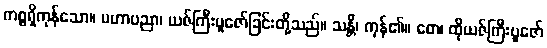
ကစ္စရှိကုန်သော။ မဟာပညာ၊ ယဇ်ကြီးပူဇော်ခြင်းတို့သည်။ သန္တိ၊ ကုန်၏။ တေ၊ ထိုယဇ်ကြီးပူဇော်